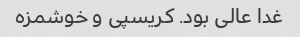
غدا عالی بود. کریسپی و خوشمزه